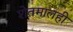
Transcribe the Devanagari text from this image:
शेतमालही